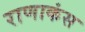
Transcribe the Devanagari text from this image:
राणाकंस